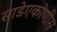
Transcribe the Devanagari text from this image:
साडेएकोणीस